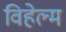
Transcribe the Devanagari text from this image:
विहेल्म